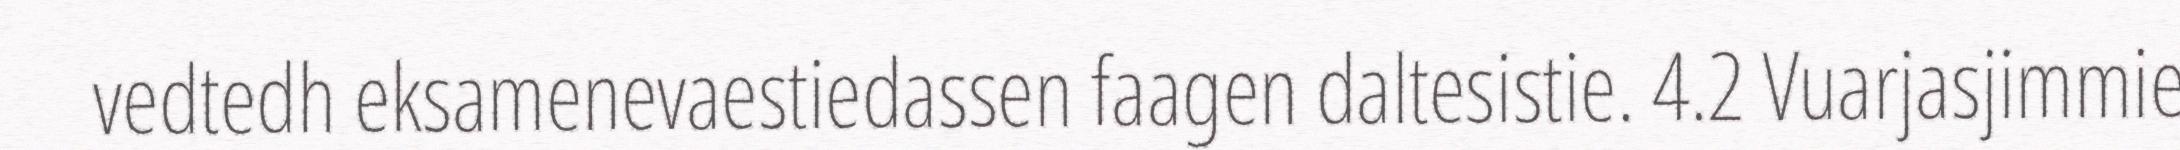
vedtedh eksamenevaestiedassen faagen daltesistie. 4.2 Vuarjasjimmie